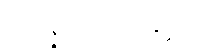
အလဇ္ဇီပရိဘောဂဝိနိစ္ဆယ။